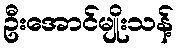
ဦးအောင်မျိုးသန့်